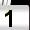
Digit: 1